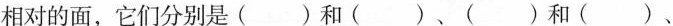
相对的面，它们分别是（）和（）、（）和（）、